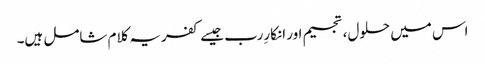
اس میں حلول، تجسیم اور انکارِرب جیسے کفریہ کلام شامل ہیں۔